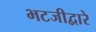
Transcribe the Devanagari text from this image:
भटजीद्वारे